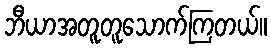
ဘီယာအတူတူသောက်ကြတယ်။